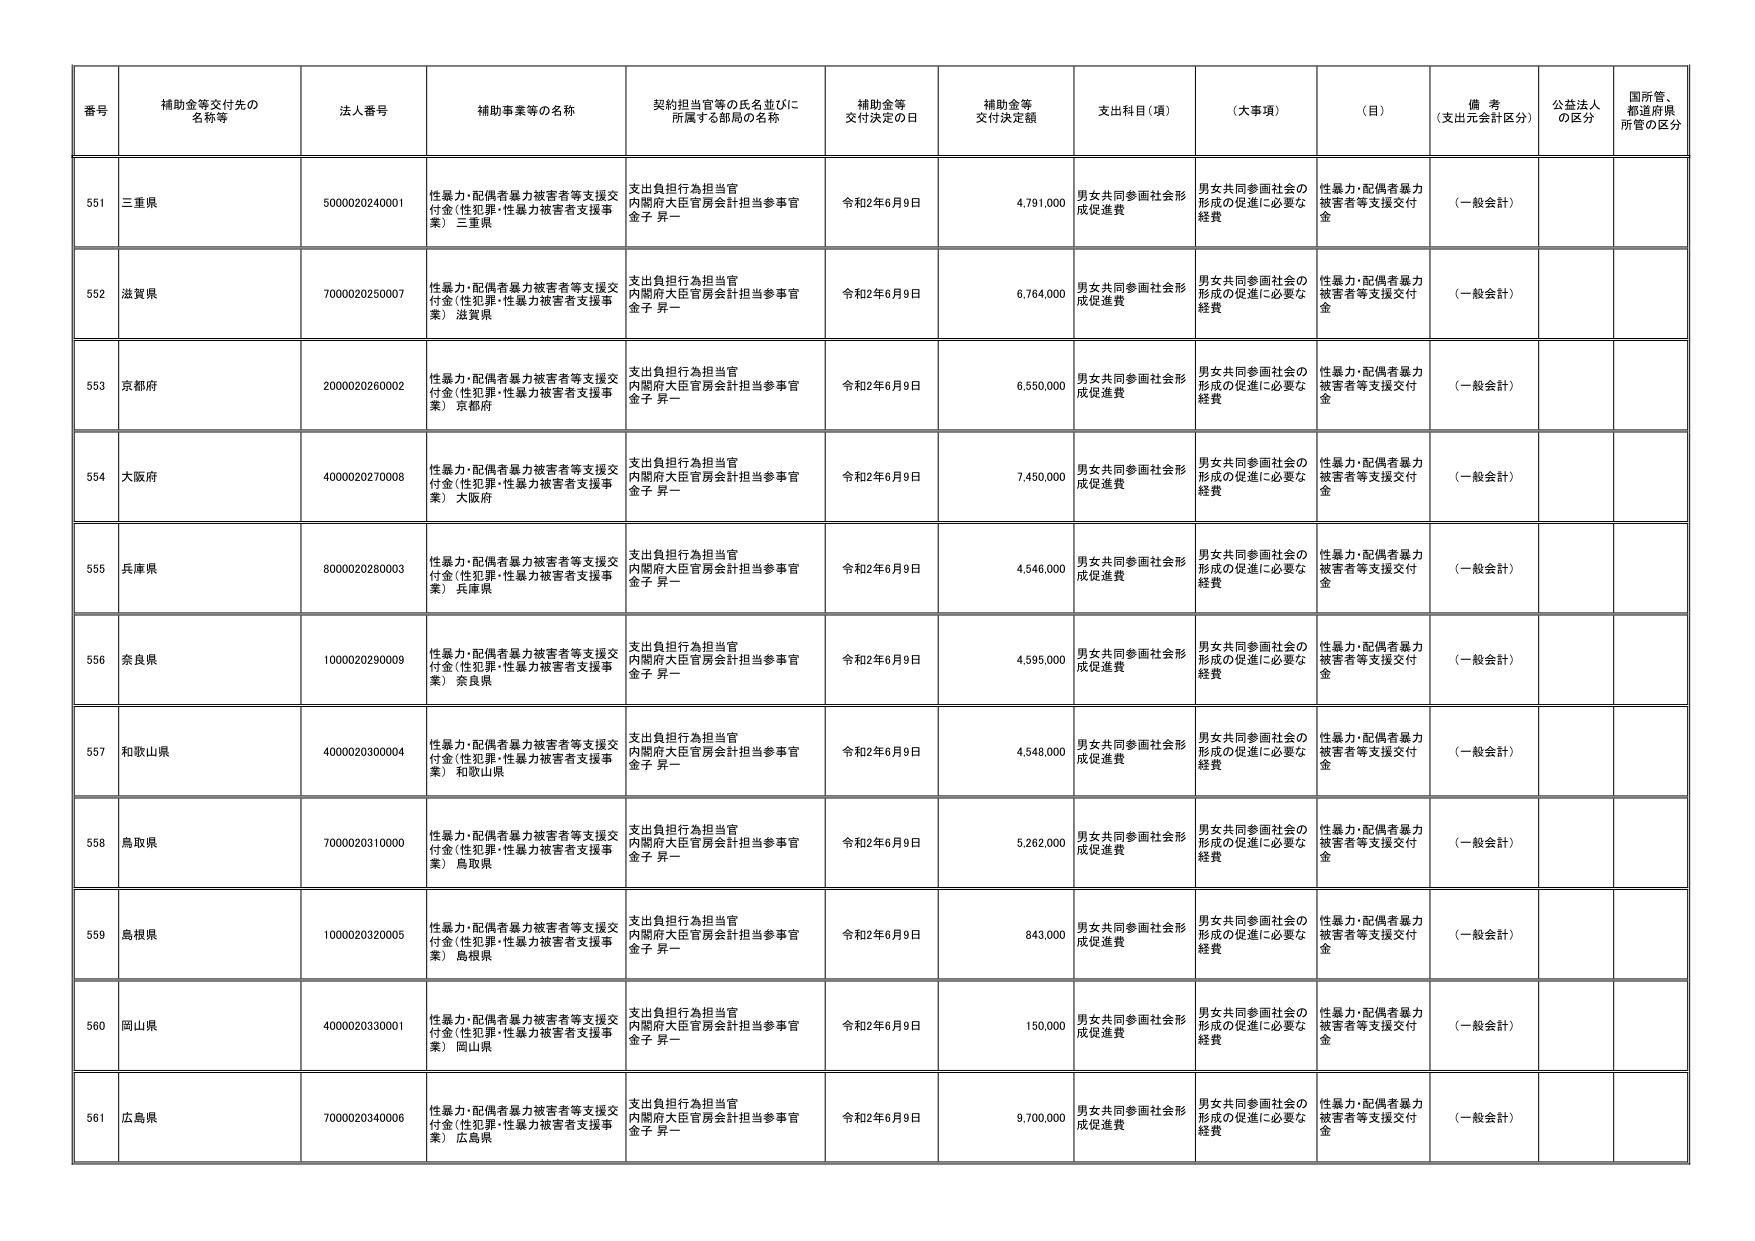
番号 補助金等交付先の名称等 法人番号 補助事業等の名称 契約担当官等の氏名並びに所属する部局の名称 補助金等交付決定の日 補助金等交付決定額 支出科目（項） （大事項） （目） 備考（支出元会計区分） 公益法人の区分 国所管、都道府県所管の区分
551 三重県 5000020240001 性暴力・配偶者暴力被害者等支援交付金（性犯罪・性暴力被害者支援事業） 三重県 支出負担行為担当官 内閣府大臣官房会計担当参事官 金子 昇一 令和2年6月9日 4,791,000 男女共同参画社会形成促進費 男女共同参画社会の形成の促進に必要な経費 性暴力・配偶者暴力被害者等支援交付金 （一般会計）
552 滋賀県 7000020250007 性暴力・配偶者暴力被害者等支援交付金（性犯罪・性暴力被害者支援事業） 滋賀県 支出負担行為担当官 内閣府大臣官房会計担当参事官 金子 昇一 令和2年6月9日 6,764,000 男女共同参画社会形成促進費 男女共同参画社会の形成の促進に必要な経費 性暴力・配偶者暴力被害者等支援交付金 （一般会計）
553 京都府 2000020260002 性暴力・配偶者暴力被害者等支援交付金（性犯罪・性暴力被害者支援事業） 京都府 支出負担行為担当官 内閣府大臣官房会計担当参事官 金子 昇一 令和2年6月9日 6,550,000 男女共同参画社会形成促進費 男女共同参画社会の形成の促進に必要な経費 性暴力・配偶者暴力被害者等支援交付金 （一般会計）
554 大阪府 4000020270008 性暴力・配偶者暴力被害者等支援交付金（性犯罪・性暴力被害者支援事業） 大阪府 支出負担行為担当官 内閣府大臣官房会計担当参事官 金子 昇一 令和2年6月9日 7,450,000 男女共同参画社会形成促進費 男女共同参画社会の形成の促進に必要な経費 性暴力・配偶者暴力被害者等支援交付金 （一般会計）
555 兵庫県 8000020280003 性暴力・配偶者暴力被害者等支援交付金（性犯罪・性暴力被害者支援事業） 兵庫県 支出負担行為担当官 内閣府大臣官房会計担当参事官 金子 昇一 令和2年6月9日 4,546,000 男女共同参画社会形成促進費 男女共同参画社会の形成の促進に必要な経費 性暴力・配偶者暴力被害者等支援交付金 （一般会計）
556 奈良県 1000020290009 性暴力・配偶者暴力被害者等支援交付金（性犯罪・性暴力被害者支援事業） 奈良県 支出負担行為担当官 内閣府大臣官房会計担当参事官 金子 昇一 令和2年6月9日 4,595,000 男女共同参画社会形成促進費 男女共同参画社会の形成の促進に必要な経費 性暴力・配偶者暴力被害者等支援交付金 （一般会計）
557 和歌山県 4000020300004 性暴力・配偶者暴力被害者等支援交付金（性犯罪・性暴力被害者支援事業） 和歌山県 支出負担行為担当官 内閣府大臣官房会計担当参事官 金子 昇一 令和2年6月9日 4,548,000 男女共同参画社会形成促進費 男女共同参画社会の形成の促進に必要な経費 性暴力・配偶者暴力被害者等支援交付金 （一般会計）
558 鳥取県 7000020310000 性暴力・配偶者暴力被害者等支援交付金（性犯罪・性暴力被害者支援事業） 鳥取県 支出負担行為担当官 内閣府大臣官房会計担当参事官 金子 昇一 令和2年6月9日 5,262,000 男女共同参画社会形成促進費 男女共同参画社会の形成の促進に必要な経費 性暴力・配偶者暴力被害者等支援交付金 （一般会計）
559 島根県 1000020320005 性暴力・配偶者暴力被害者等支援交付金（性犯罪・性暴力被害者支援事業） 島根県 支出負担行為担当官 内閣府大臣官房会計担当参事官 金子 昇一 令和2年6月9日 843,000 男女共同参画社会形成促進費 男女共同参画社会の形成の促進に必要な経費 性暴力・配偶者暴力被害者等支援交付金 （一般会計）
560 岡山県 4000020330001 性暴力・配偶者暴力被害者等支援交付金（性犯罪・性暴力被害者支援事業） 岡山県 支出負担行為担当官 内閣府大臣官房会計担当参事官 金子 昇一 令和2年6月9日 150,000 男女共同参画社会形成促進費 男女共同参画社会の形成の促進に必要な経費 性暴力・配偶者暴力被害者等支援交付金 （一般会計）
561 広島県 7000020340006 性暴力・配偶者暴力被害者等支援交付金（性犯罪・性暴力被害者支援事業） 広島県 支出負担行為担当官 内閣府大臣官房会計担当参事官 金子 昇一 令和2年6月9日 9,700,000 男女共同参画社会形成促進費 男女共同参画社会の形成の促進に必要な経費 性暴力・配偶者暴力被害者等支援交付金 （一般会計）